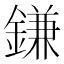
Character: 鎌